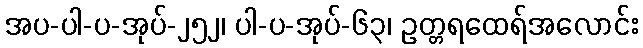
အပ-ပါ-ပ-အုပ်-၂၅၂၊ ပါ-ပ-အုပ်-၆၃၊ ဥတ္တရထေရ်အလောင်း